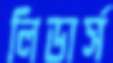
লিডার্স